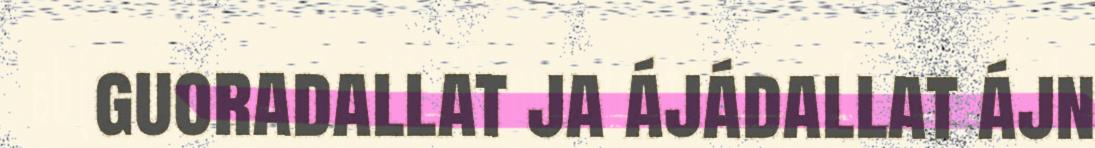
guoradallat ja ájádallat ájn